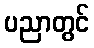
ပညာတွင်